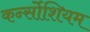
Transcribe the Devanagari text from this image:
कर्न्सोशियम